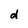
Character: d